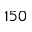
1 5 0